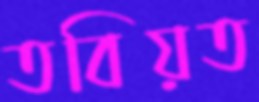
তবিয়ত